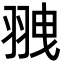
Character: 䎈